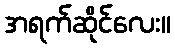
အရက်ဆိုင်လေး။